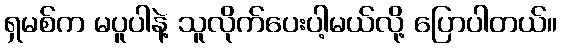
ရှမစ်က မပူပါနဲ့ သူလိုက်ပေးပါ့မယ်လို့ ပြောပါတယ်။